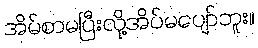
အိမ်စာမပြီးလို့အိပ်မပျော်ဘူး။